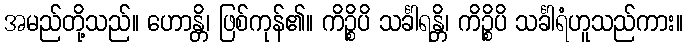
အမည်တို့သည်။ ဟောန္တိ၊ ဖြစ်ကုန်၏။ ကိဉ္စိပိ သင်္ခါရန္တိ၊ ကိဉ္စိပိ သင်္ခါရံဟူသည်ကား။